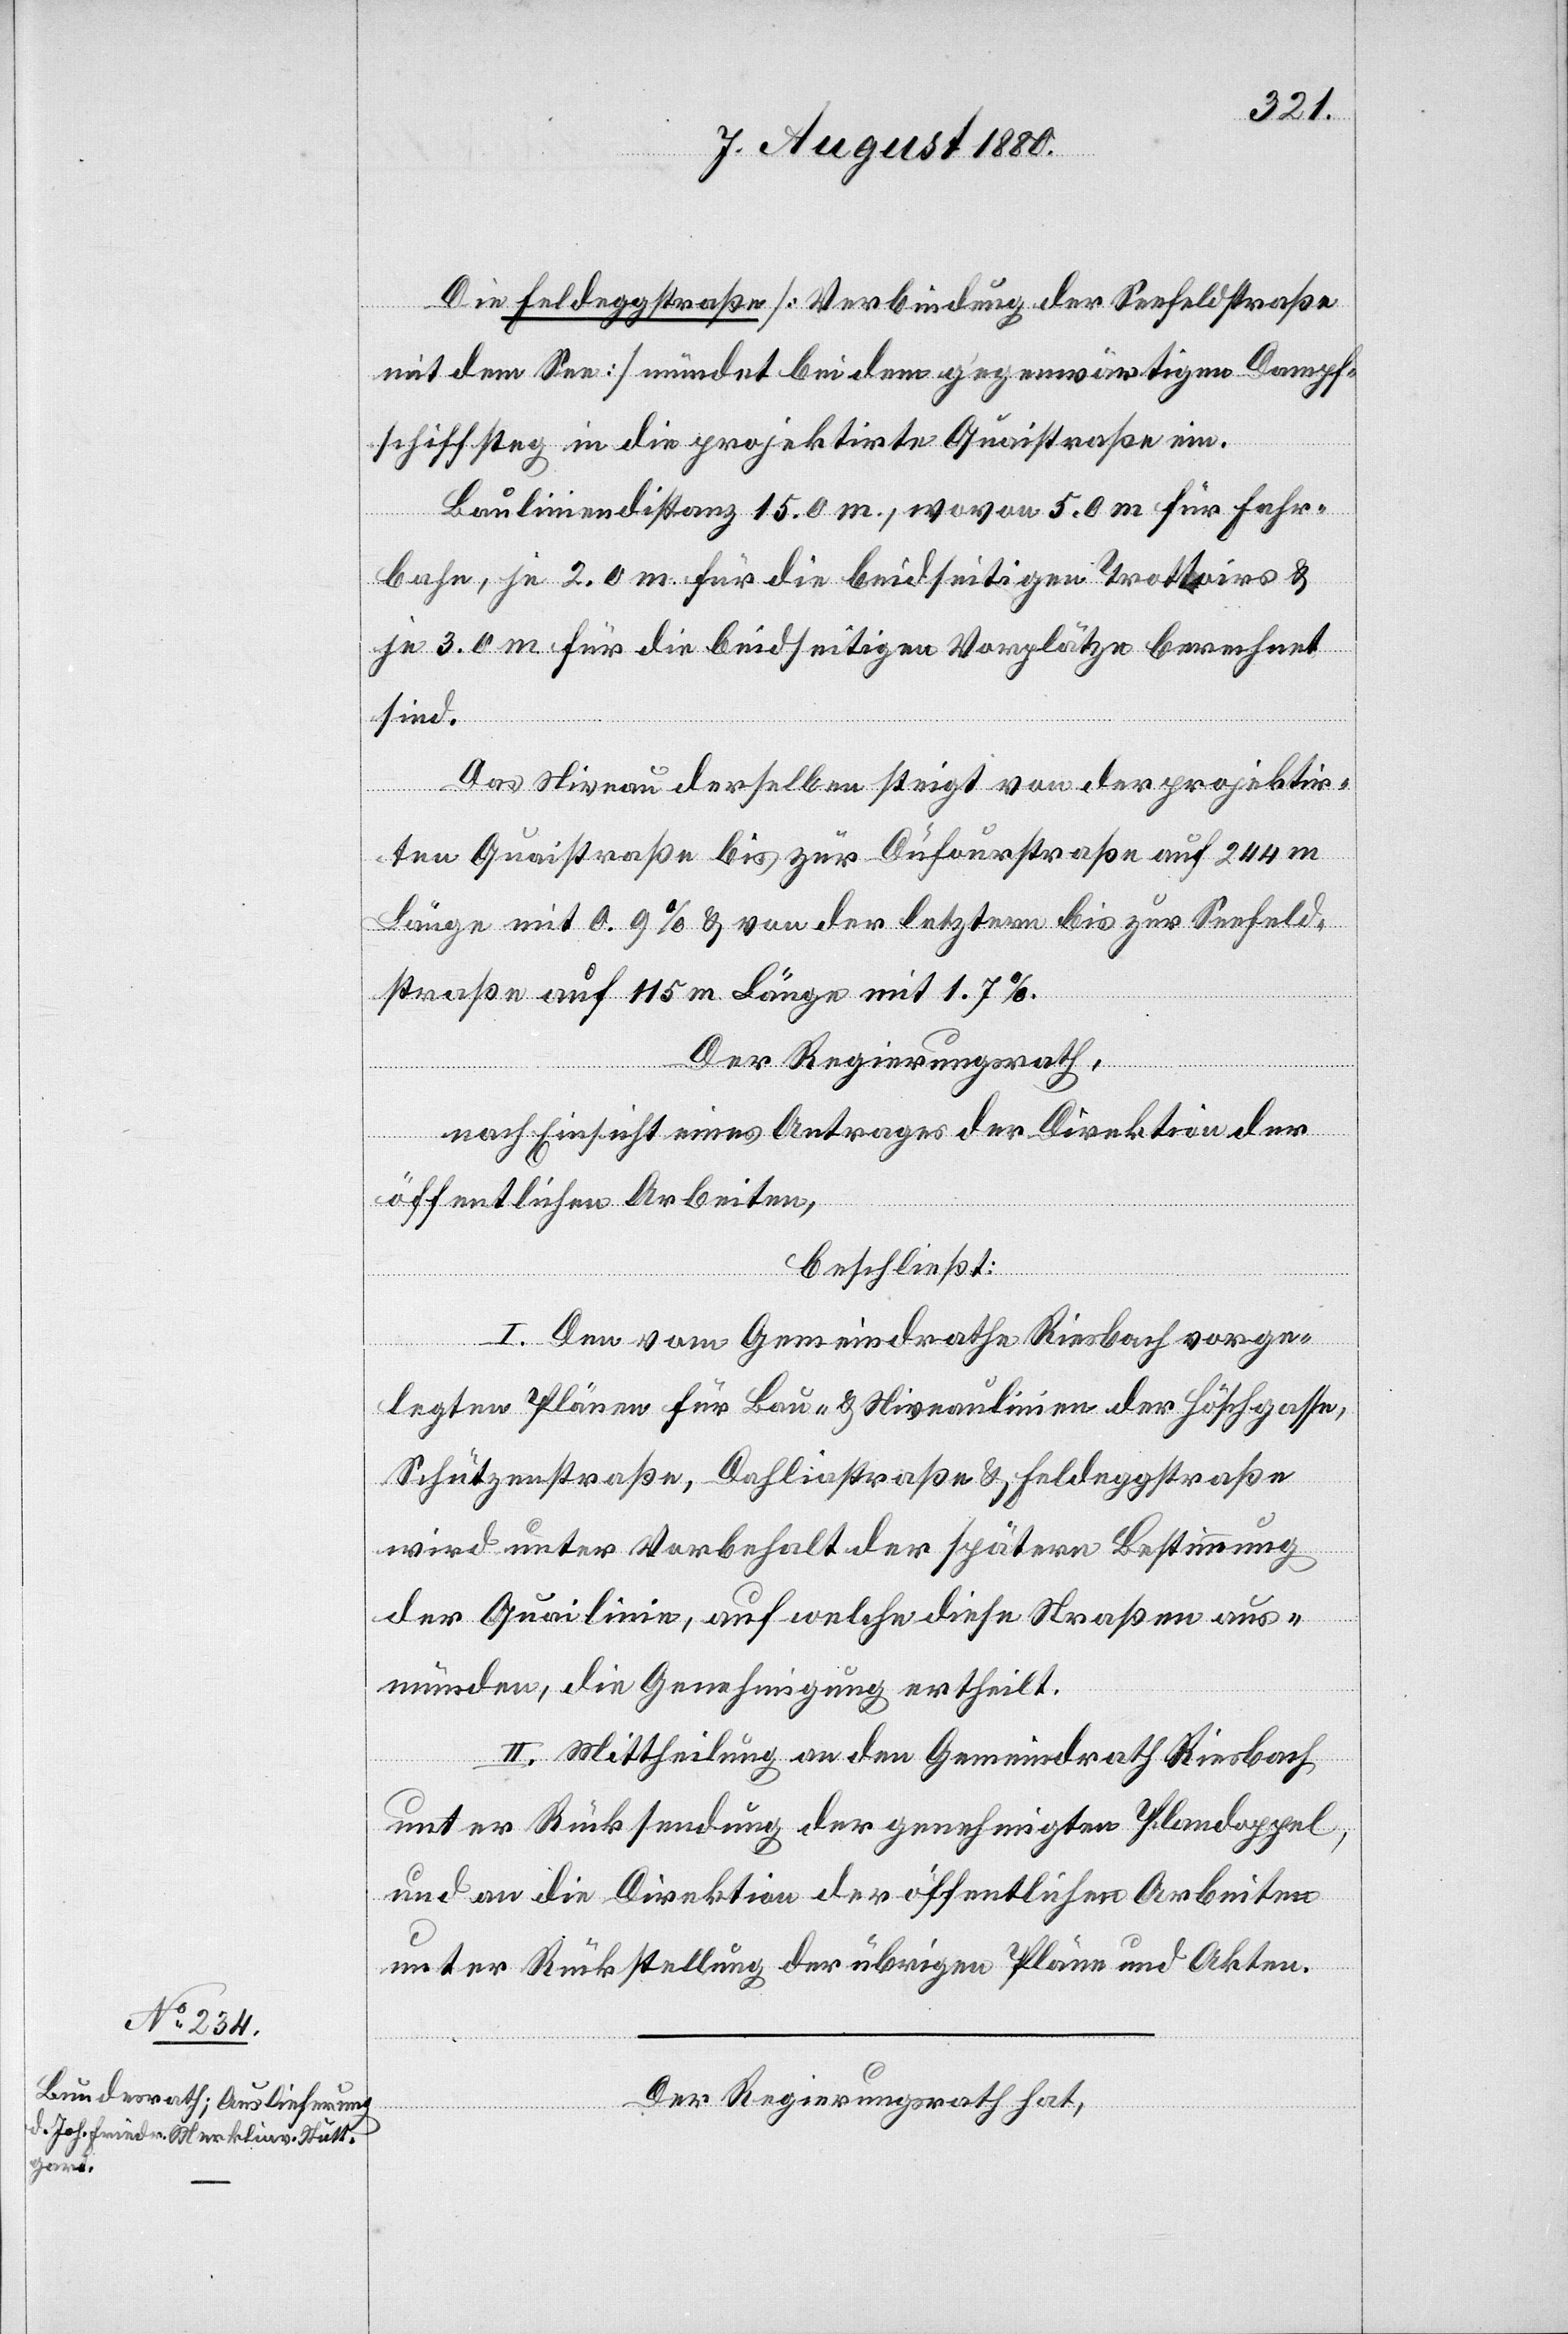
Die Feldeggstraße [Verbindung der Seefeldstraße
mit dem See] mündet bei dem gegenwärtigen Dampf¬
schiffsteg in die projektirte Quaistraße ein.
Bauliniendistanz 15.0 m, wovon 5.0 m für Fahr¬
bahn, je 2.0 m für die beidseitigen Trottoirs &
je 3.0 m für die beidseitigen Vorplätze berechnet
sind.
Das Niveau derselben steigt von der projektir¬
ten Quaistraße bis zur Dufourstraße auf 244 m
Länge mit 0.9% & von der letztern bis zur Seefeld¬
straße auf 115 m Länge mit 1.7%.
Der Regierungsrath,
nach Einsicht eines Antrages der Direktion der
öffentlichen Arbeiten,
beschließt:
I. Den vom Gemeindrathe Riesbach vorge¬
legten Plänen für Bau- & Niveaulinien der Höschgasse,
Schützenstraße, Dahliastraße & Feldeggstraße
wird unter Vorbehalt der spätern Bestimmung
der Quailinie, auf welche diese Straßen aus¬
münden, die Genehmigung ertheilt.
II. Mittheilung an den Gemeindrath Riesbach
unter Rücksendung der genehmigten Plandoppel,
und an die Direktion der öffentlichen Arbeiten
unter Rückstellung der übrigen Pläne und Akten.
Der Regierungsrath hat,